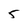
Character: 5